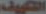
التكييف